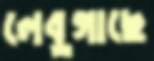
লেবুগাছে